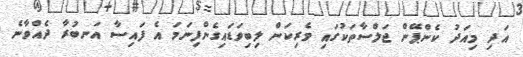
އަދި މިއަދު ކެންޕޭން ޖަލްސާތަކުގައި ވެރިކަން ލިބިވަޑައިގެންފިނަމަ އެ ފައިސާ އަނބުރާ ދެއްވާނެ